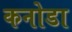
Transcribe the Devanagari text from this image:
कनोडा